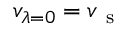
v _ { \lambda = 0 } = v _ { \mathrm { ~ s ~ } }